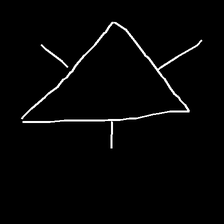
Glyph: fire